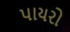
પાયરો